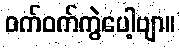
ဝက်ဝက်ကွဲပေါ့ဗျာ။